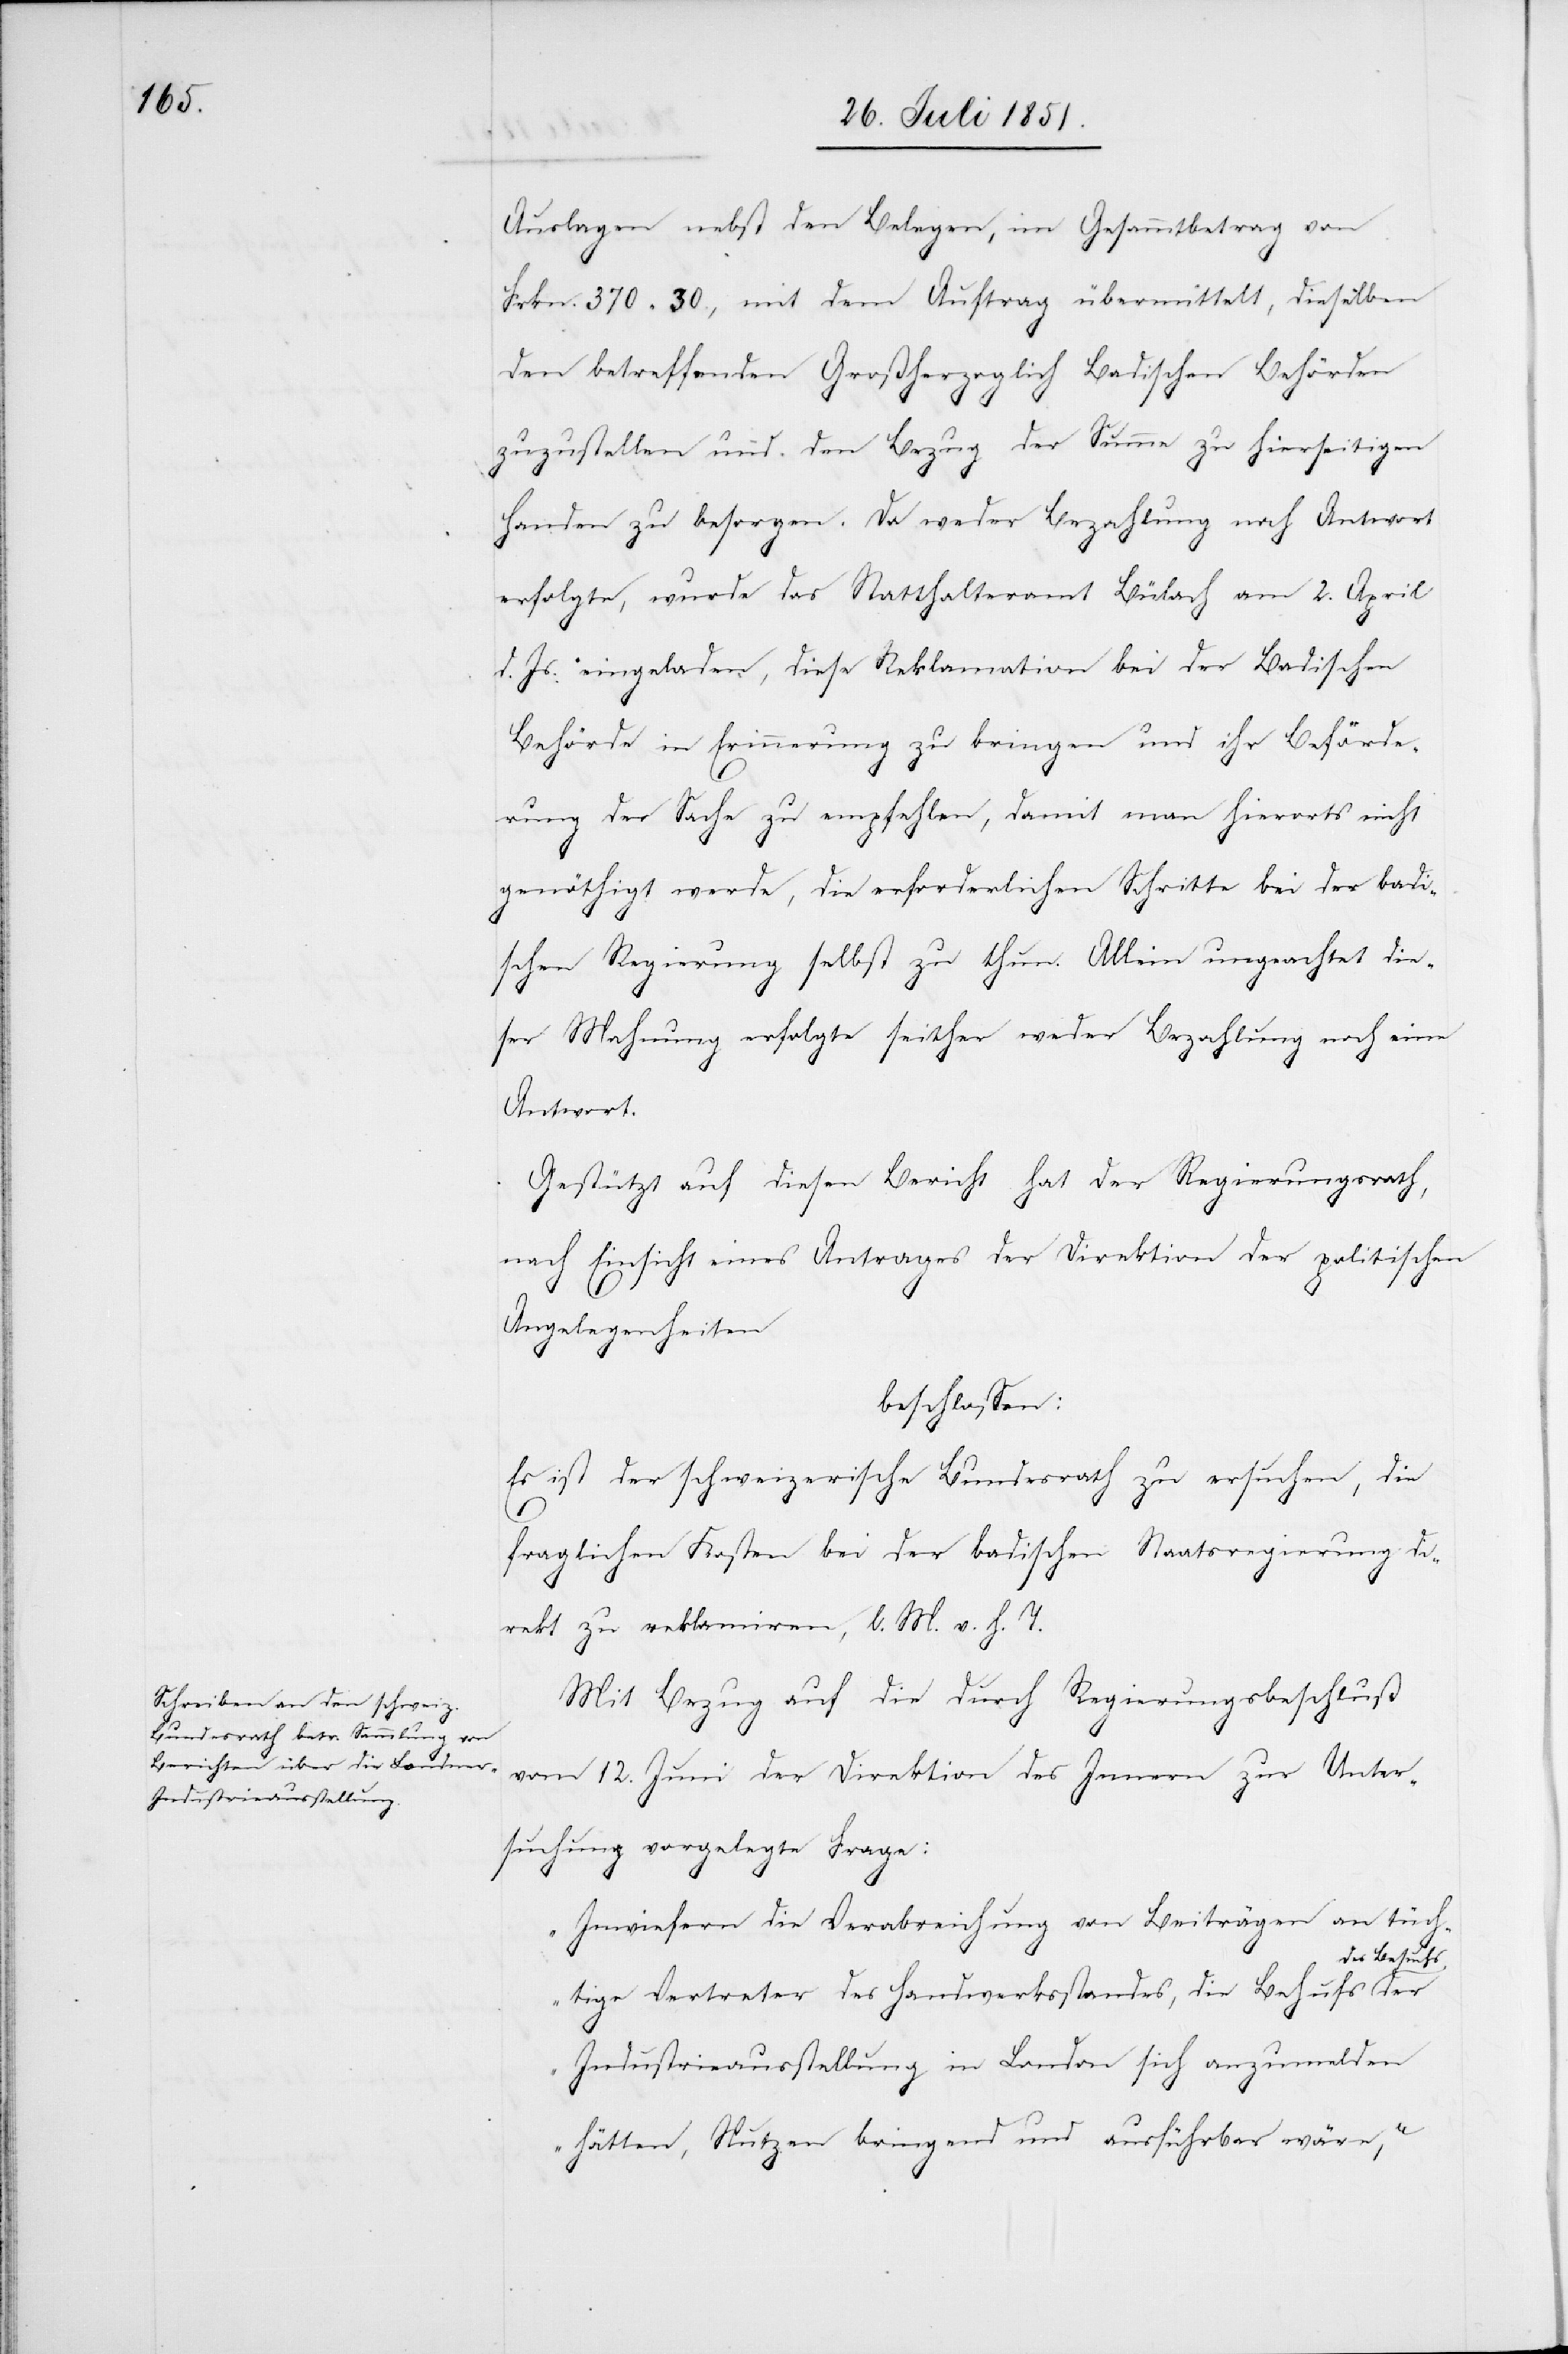
Auslagen nebst den Belegen, im Gesammtbetrag von
Frkn. 370 30., mit dem Auftrag übermittelt, dieselben
den betreffenden Großherzoglich Badischen Behörden
zuzustellen und den Bezug der Summe zu hierseitigen
Handen zu besorgen. Da weder Bezahlung noch Antwort
erfolgte, wurde das Statthalteramt Bülach am 2. April
d. Js. eingeladen, diese Reklamation bei der Badischen
Behörde in Erinnerung zu bringen und ihr Beförde¬
rung der Sache zu empfehlen, damit man hierorts nicht
genöthigt werde, die erforderlichen Schritte bei der badi¬
schen Regierung selbst zu thun. Allein ungeachtet die¬
ser Mahnung erfolgte seither weder Bezahlung noch eine
Antwort.
Gestützt auf diesen Bericht hat der Regierungsrath,
nach Einsicht eines Antrages der Direktion der politischen
Angelegenheiten
beschlossen:
Es ist der schweizerische Bundesrath zu ersuchen, die
fraglichen Kosten bei der badischen Staatsregierung di¬
rekt zu reklamiren, l. M. v. h. T.
Mit Bezug auf die durch Regierungsbeschluß
vom 12. Juni der Direktion des Innern zur Unter¬
suchung vorgelegte Frage:
„Inwiefern die Verabreichung von Beiträgen an tüch¬
tige Vertreter des Handwerksstandes, die Behufs des
Industrieausstellung in London sich anzumelden
hätten, Nutzen bringend und ausführbar wäre,“